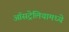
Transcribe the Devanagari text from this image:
ऑसट्रेलियामध्ये